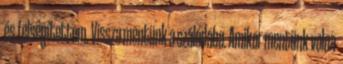
és felsegítettem. Vissza mentünk a szálódába. Amikor mentünk volna